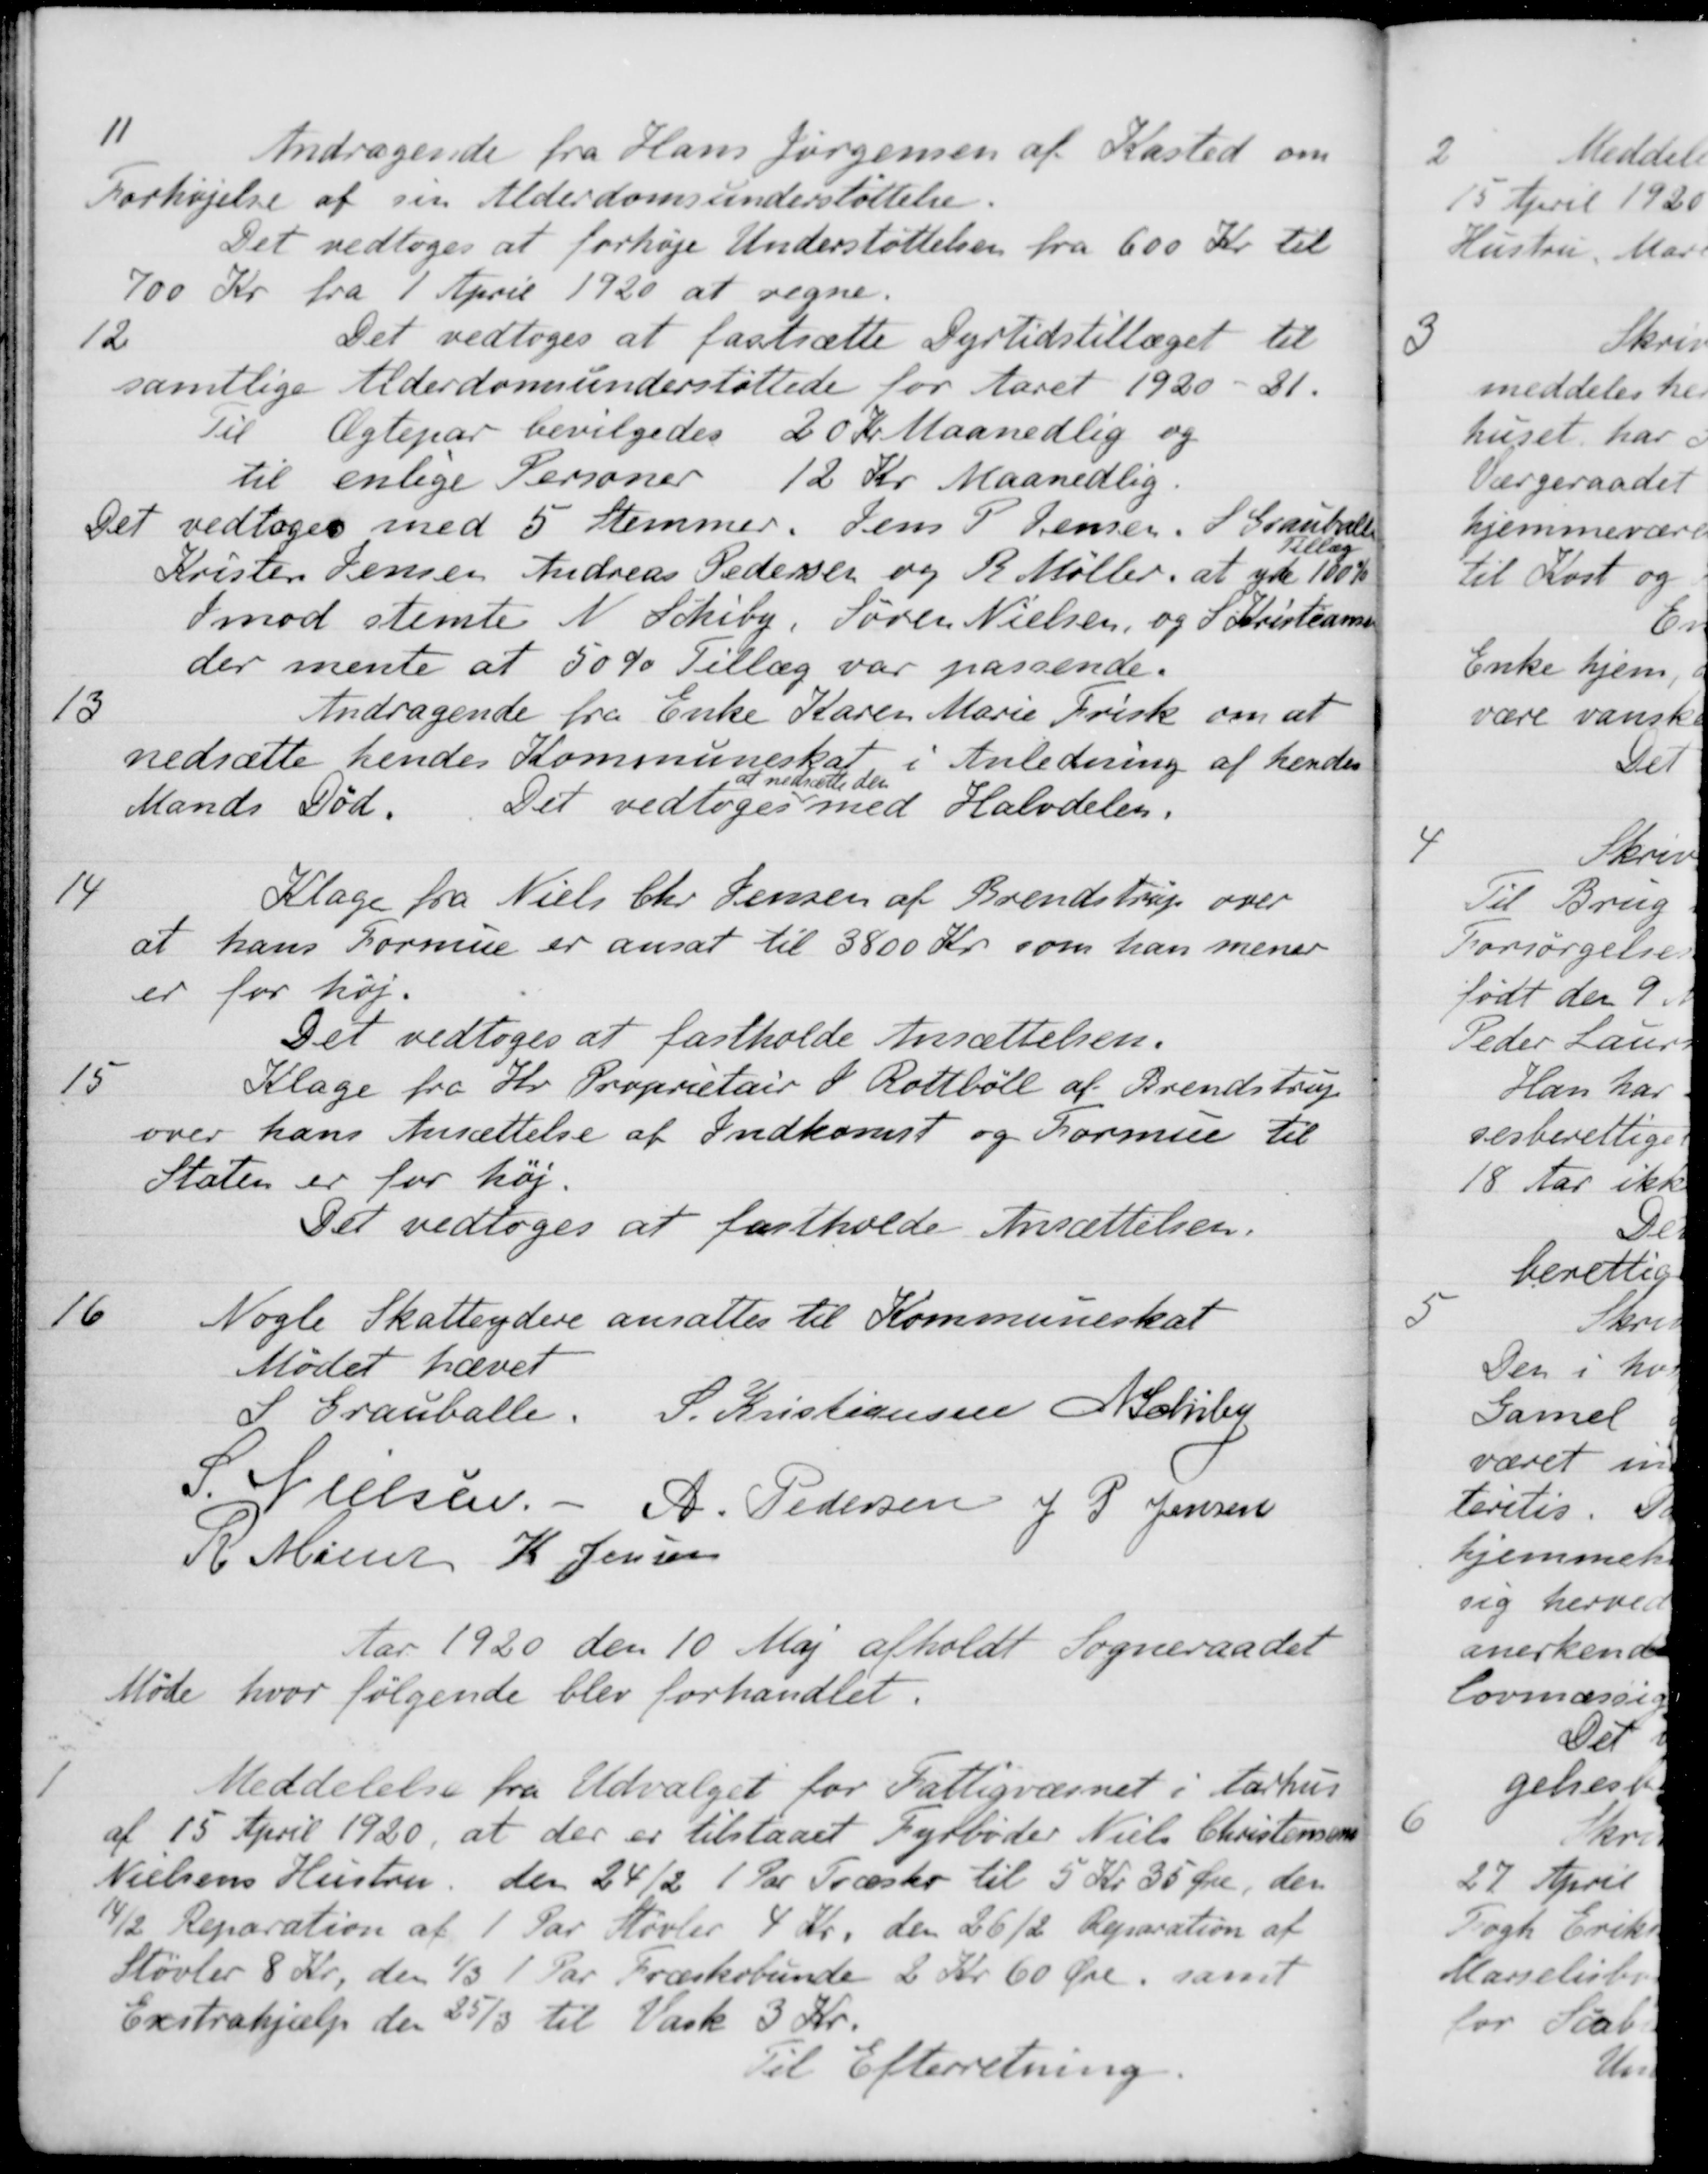
Transskription:
11
Andragende fra Hans Jørgensen af Kasted om
Forhøjelse af sin Alderdomsunderstøttelse.
Det vedtoges at forhøje Understøttelsen fra 600 Kr. til
700 Kr fra 1 April 1920 at regne.
12
Det vedtoges at fastsætte Dyrtidstillæget til
samtlige Alderdomsunderstøttede for Aaret 1920 - 21.
Til Ægtepar bevilgedes 20 Kr Maanedlig og
til enlige Personer 12 Kr Maanedlig.
Det vedtoges med 5 Stemmer. Jens P. Jensen, S. Grauballe
Kristen Jensen Andreas Pedersen og R Møller, at yde
Tillæg
100%
Imod stemte N. Schiby, Søren Nielsen, og S. Kristiansen
der mente at 50% Tillæg var passende.
13
Andragende fra Enke Karen Marie Frisk om at
nedsætte hendes Kommuneskat i Anledning af hendes
Mands Død.
Det vedtoges
at nedsætte den
med Halvdelen.
14
Klage fra Niels Chr Jensen af Brendstrup over
at hans Formue er ansat til 3800 Kr. som han mener
er for høj.
Det vedtoges at fastholde Ansættelsen.
15
Klage fra Hr. Proprietair J. Rottbøll af Brendstrup
over hans Ansættelse af Indkomst og Formue til
Staten er for høj.
Det vedtoges at fastholde Ansættelsen.
16
Nogle Skatteydere ansattes til Kommuneskat
Mødet hævet
S Grauballe.
S. Kristiansen
N Schiby
S. Nielsen
A. Pedersen
J P Jensen
R Møller
K. Jensen
Aar 1920 den 10 Maj afholdt Sogneraadet
Møde hvor følgende blev forhandlet.
Meddelelse fra Udvalget for Fattigvæsnet i Aarhus 
af 15 April 1920, at der er tilstaaet Fyrbøder Niels Christensen
Nielsens Hustru den 24/2 1 Par Træsko til 5 Kr 35 Øre, den
14/2 Reparation af 1 Par Støvler 4 Kr. den 26/2 Reparation af
Støvler 8 Kr, den 1/3 1 Par Præskobunde 2 Kr. 60 Øre, samt
Exstrahjælp den 25/3 til Vask 3 Kr.
Til Efterretning